Indian journal of veterinary science and animal husbandry - Volume 14,
Year: 1944
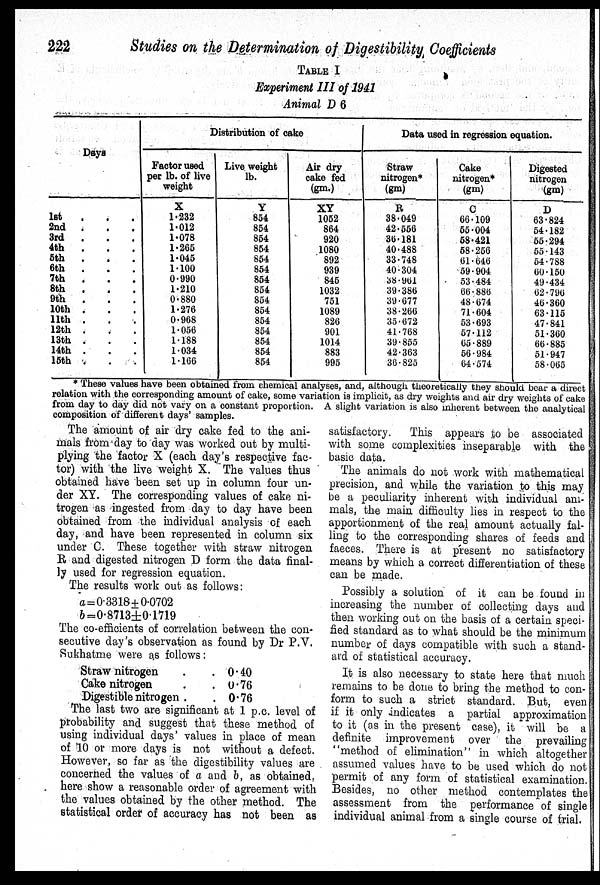
222
Studies on the Determination of Digestibility Coefficients
TABLE I
Experiment III of 1941
Animal D 6
Days
1st . . .
2nd . . .
3rd . . .
4th . . .
5th . . .
6th . . .
7th . . .
8th . . .
9th . . .
10th . . .
11th . . .
12th . . .
13th . . .
14th . . .
15th . . .
Distribution of cake
Factor used
per lb. of live
weight
X
1.232
1.012
1.078
1.265
1.045
1.100
0.990
1.210
0.880
1.276
0.968
1.056
1.188
1.034
1.166
Live weight
lb.
Y
854
854
854
854
854
854
854
854
854
854
854
854
854
854
854
Air dry
cake fed
(gm.)
XY
1052
864
920
1080
892
939
845
1032
751
1089
826
901
1014
883
995
Data used in regression equation.
Straw
nitrogen*
(gm)
R
38.049
42.556
36.181
40.488
33.748
40.304
38.961
39.386
39.677
38.266
35.672
41.768
39.855
42.363
36.825
Cake
nitrogen*
(gm)
C
66.109
55.004
58.421
58.256
61.646
59.904
53.484
66.886
48.674
71.604
53.693
57.112
65.889
56.984
64.574
Digested
nitrogen
(gm)
D
63.824
54.182
55.294
55.143
54.788
60.150
49.434
62.796
46.360
63.115
47.841
51.360
66.885
51.947
58.065
* These values have been obtained from chemical analyses, and, although theoretically they should bear a direct
relation with the corresponding amount of cake, some variation is implicit, as dry weights and air dry weights of cake
from day to day did not vary on a constant proportion. A slight variation is also inherent between the analytical
composition of different days' samples.
The amount of air dry cake fed to the ani-
mals from day to day was worked out by multi-
plying the factor X (each day's respective fac-
tor) with the live weight X. The values thus
obtained have been set up in column four un-
der XY. The corresponding values of cake ni-
trogen as ingested from day to day have been
obtained from the individual analysis of each
day, and have been represented in column six
under C. These together with straw nitrogen
R and digested nitrogen D form the data final-
ly used for regression equation.
The results work out as follows:
a= 0.3318 ± 0.0702
b= 0.8713 ± 0.17l9
The co-efficients of correlation between the con-
secutive day's observation as found by Dr P.V.
Sukhatme were as follows:
Straw nitrogen . .
Cake nitrogen . .
Digestible nitrogen . .
0.40
0.76
0.76
The last two are significant at 1 p.c. level of
probability and suggest that these method of
using individual days' values in place of mean
of 10 or more days is not without a defect.
However, so far as the digestibility values are
concerned the values of a and b, as obtained,
here show a reasonable order of agreement with
the values obtained by the other method. The
statistical order of accuracy has not been as
satisfactory. This appears to be associated
with some complexities inseparable with the
basic data.
The animals do not work with mathematical
precision, and while the variation to this may
be a peculiarity inherent with individual ani-
mals, the main difficulty lies in respect to the
apportionment of the real amount actually fal-
ling to the corresponding shares of feeds and
faeces. There is at present no satisfactory
means by which a correct differentiation of these
can be made.
Possibly a solution of it can be found in
increasing the number of collecting days and
then working out on the basis of a certain speci-
fied standard as to what should be the minimum
number of days compatible with such a stand-
ard of statistical accuracy.
It is also necessary to state here that much
remains to be done to bring the method to con-
form to such a strict standard. But, even
if it only indicates a partial approximation
to it (as in the present case), it will be a
definite improvement over the prevailing
"method of elimination" in which altogether
assumed values have to be used which do not
permit of any form of statistical examination.
Besides, no other method contemplates the
assessment from the performance of single
individual animal from a single course of trial.